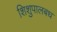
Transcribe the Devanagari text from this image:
शिशुपालबध